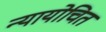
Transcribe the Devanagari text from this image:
न्‍यायोचित